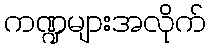
ကဏ္ဍများအလိုက်